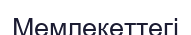
Мемлекеттегі